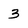
Character: 3